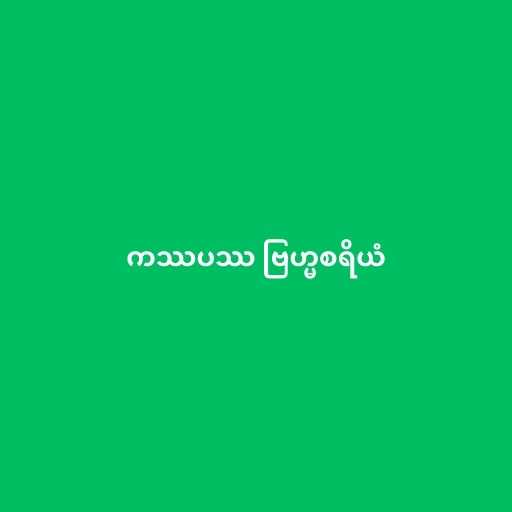
ကဿပဿ ဗြဟ္မစရိယံ